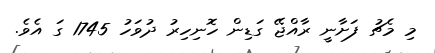
މި މެޗު ފަށާނީ ރާއްޖޭ ގަޑިން ހޮނިހިރު ދުވަހު 1745 ގަ އެވެ.